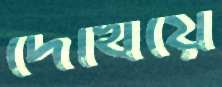
দেখিয়ে